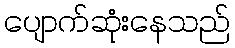
ပျောက်ဆုံးနေသည်